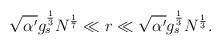
LaTeX: \begin{align*}\sqrt{\alpha^{\prime}}g^{1\over 3}_{s}N^{1\over 7}\ll r \ll \sqrt{\alpha^{\prime}}g^{1\over 3}_{s}N^{1\over 3}.\end{align*}